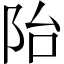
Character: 𲉍